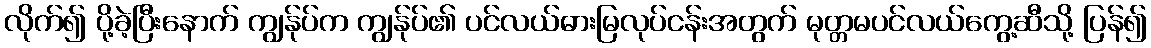
လိုက်၍ ပို့ခဲ့ပြီးနောက် ကျွန်ုပ်က ကျွန်ုပ်၏ ပင်လယ်ဓားမြလုပ်ငန်းအတွက် မုတ္တမပင်လယ်ကွေ့ဆီသို့ ပြန်၍